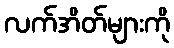
လက်အိတ်များကို